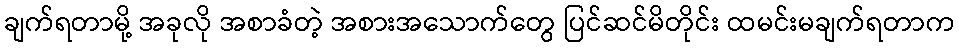
ချက်ရတာမို့ အခုလို အစာခံတဲ့ အစားအသောက်တွေ ပြင်ဆင်မိတိုင်း ထမင်းမချက်ရတာက